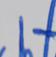
Signature authenticity: forged